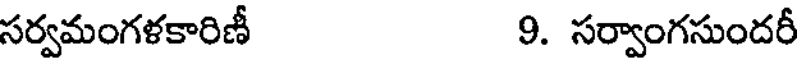
సర్వమంగళకారిణీ 9. సర్వాంగసుందరీ